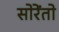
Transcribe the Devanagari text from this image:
सोरेंतो